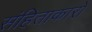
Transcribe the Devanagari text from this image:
संहिताकारों